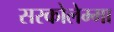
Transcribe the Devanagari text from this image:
सरकोलेम्मा